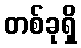
တစ်ခုရှိ